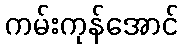
ကမ်းကုန်အောင်